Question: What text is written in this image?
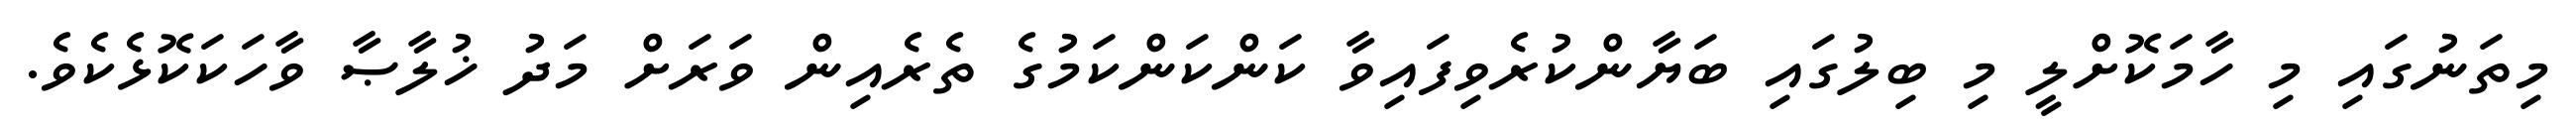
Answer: މިތަނުގައި މި ހާމަކޮށްލީ މި ބިލުގައި ބަޔާންކުރެވިފައިވާ ކަންކަންކަމުގެ ތެރެއިން ވަރަށް މަދު ޚުލާޞާ ވާހަކަކޮޅެކެވެ.